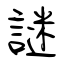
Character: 謎